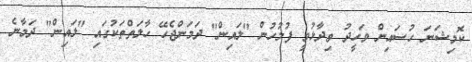
ކޮމިޝަނަ ހުސައިން ވަހީދު ވިދާޅުވީ ފުލުހުން "ލައިން" ދަމަންޖެހޭ ހާލަތްތަކުގައި "ލައިން" ދަމާނެ